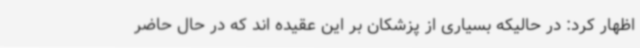
اظهار کرد: در حالیکه بسیاری از پزشکان بر این عقیده اند که در حال حاضر